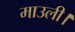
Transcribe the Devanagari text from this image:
माउली।